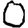
Digit: 0